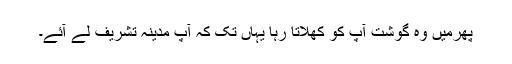
پھرمیں وہ گوشت آپ کو کھلاتا رہا یہاں تک کہ آپ مدینہ تشریف لے آئے۔